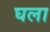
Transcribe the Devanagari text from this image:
घला